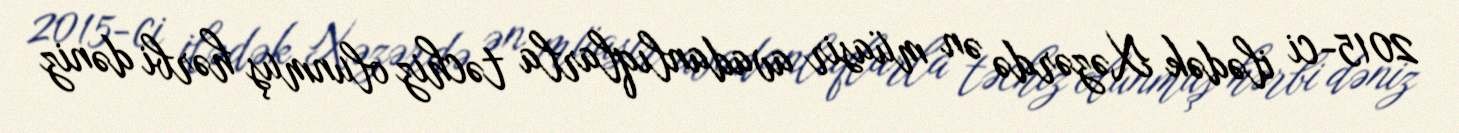
2015-ci ilədək Xəzərdə ən müasir avadanlıqlarla təchiz olunmuş hərbi dəniz